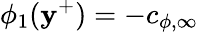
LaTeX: \phi_{1}(\mathbf{y}^{+})=-c_{\phi,\infty}